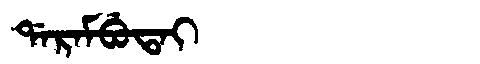
Manchu: ᡩᠠᡵᠠᠮᠪᡠᡨᠠᡳ
Romanization: DARAMBUTAI